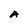
Character: A